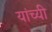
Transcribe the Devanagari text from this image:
यांच्यी